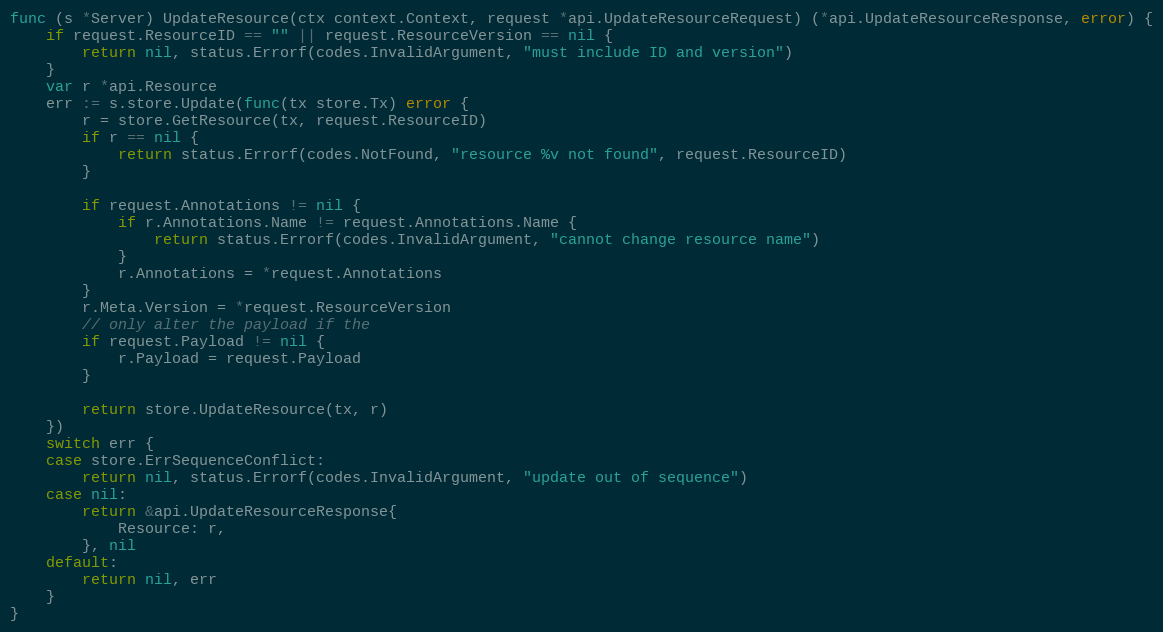
Language: Go
func (s *Server) UpdateResource(ctx context.Context, request *api.UpdateResourceRequest) (*api.UpdateResourceResponse, error) {
	if request.ResourceID == "" || request.ResourceVersion == nil {
		return nil, status.Errorf(codes.InvalidArgument, "must include ID and version")
	}
	var r *api.Resource
	err := s.store.Update(func(tx store.Tx) error {
		r = store.GetResource(tx, request.ResourceID)
		if r == nil {
			return status.Errorf(codes.NotFound, "resource %v not found", request.ResourceID)
		}

		if request.Annotations != nil {
			if r.Annotations.Name != request.Annotations.Name {
				return status.Errorf(codes.InvalidArgument, "cannot change resource name")
			}
			r.Annotations = *request.Annotations
		}
		r.Meta.Version = *request.ResourceVersion
		// only alter the payload if the
		if request.Payload != nil {
			r.Payload = request.Payload
		}

		return store.UpdateResource(tx, r)
	})
	switch err {
	case store.ErrSequenceConflict:
		return nil, status.Errorf(codes.InvalidArgument, "update out of sequence")
	case nil:
		return &api.UpdateResourceResponse{
			Resource: r,
		}, nil
	default:
		return nil, err
	}
}